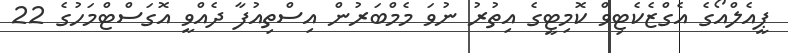
ޕީއެލްއޯގެ އެގްޒެކެޓިވް ކޮމިޓީގެ އިތުރު ނުވަ މެމްބަރުން އިސްތިއުފާ ދެއްވީ އޮގަސްޓްމަހުގެ 22